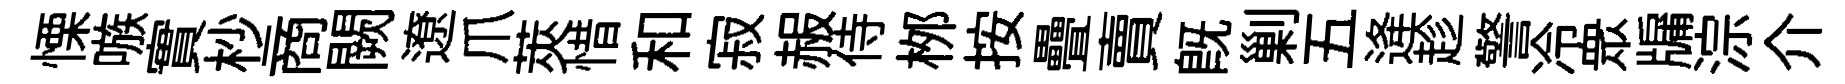
慄嗾實杪商闕遼爪莢惜和寂赧侍桞按疊賣旣剿五逄趁警冷衆牖淙介